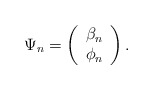
\begin{align*}\Psi_n=\left(\begin{array}{c} \beta_n\\\phi_n \end{array}\right).\end{align*}